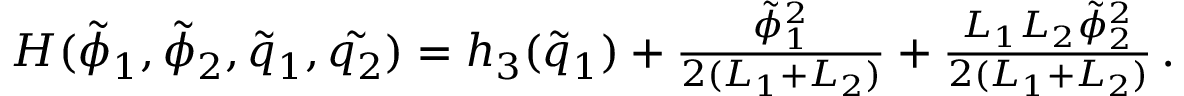
\begin{array} { r } { H ( \tilde { \phi } _ { 1 } , \tilde { \phi } _ { 2 } , \tilde { q } _ { 1 } , \tilde { q _ { 2 } } ) = h _ { 3 } ( \tilde { q } _ { 1 } ) + \frac { \tilde { \phi } _ { 1 } ^ { 2 } } { 2 ( L _ { 1 } + L _ { 2 } ) } + \frac { L _ { 1 } L _ { 2 } \tilde { \phi } _ { 2 } ^ { 2 } } { 2 ( L _ { 1 } + L _ { 2 } ) } \, . } \end{array}